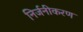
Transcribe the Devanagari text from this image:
निर्जनीकरण